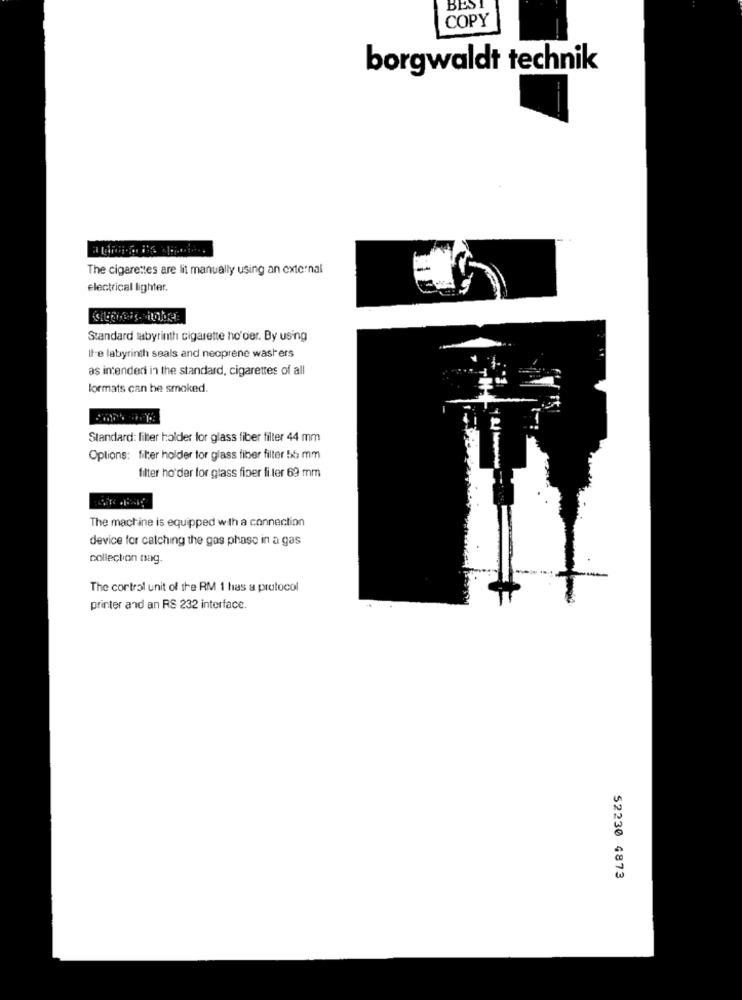
BEST
COPY
borgwaldt technik
The cigarettes are lit manually using an external
electrical lighter.
Standard labyrinth cigarette ho'der. By using
Il-e labyrinth seals and neoprene washers
as intended in the standard, cigarettes of all
formats can be smoked.
Standard: filter holder for glass fiber filter 44 mm
Options: filer holder for glass fiber filter 55 mm
filter ho'der for glass fiber fi ter 69 mm
The machine is equipped with a connection
device for catching the gas phase in a gas
collection nag.
The control unit of the RM 1 has a protocol
printer and an RS 232 interface.
52230 4873